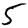
Digit: 5